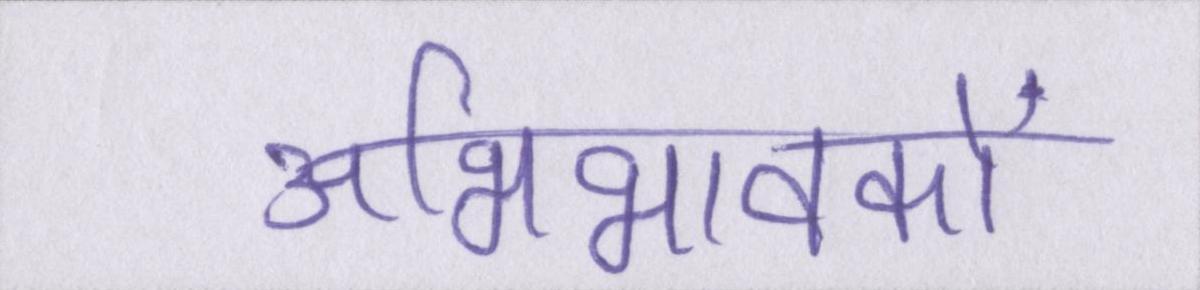
अभिभावकों